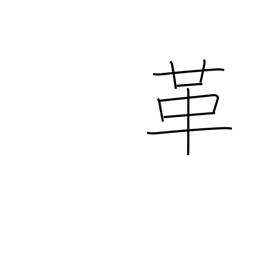
Meaning: reform